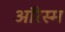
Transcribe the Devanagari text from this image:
ऑरेस्म